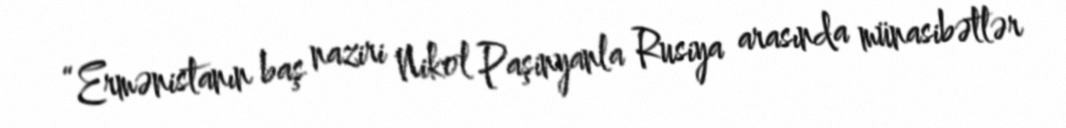
“Ermənistanın baş naziri Nikol Paşinyanla Rusiya arasında münasibətlər